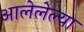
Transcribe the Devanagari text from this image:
आलेलेल्या